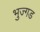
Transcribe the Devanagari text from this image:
भुज्गड